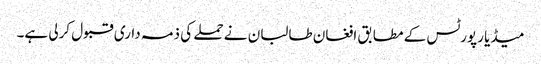
میڈیا رپورٹس کے مطابق افغان طالبان نے حملے کی ذمہ داری قبول کرلی ہے۔